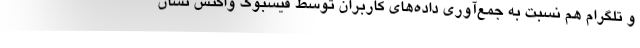
و تلگرام هم نسبت به جمع‌آوری داده‌های کاربران توسط فیسبوک واکنش نشان